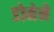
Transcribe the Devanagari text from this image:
डोमेने